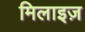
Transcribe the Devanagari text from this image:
मिलाइज़